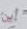
أين